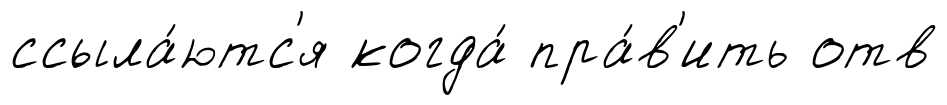
ссыла́ютс'я когда́ пра́в'ить отв